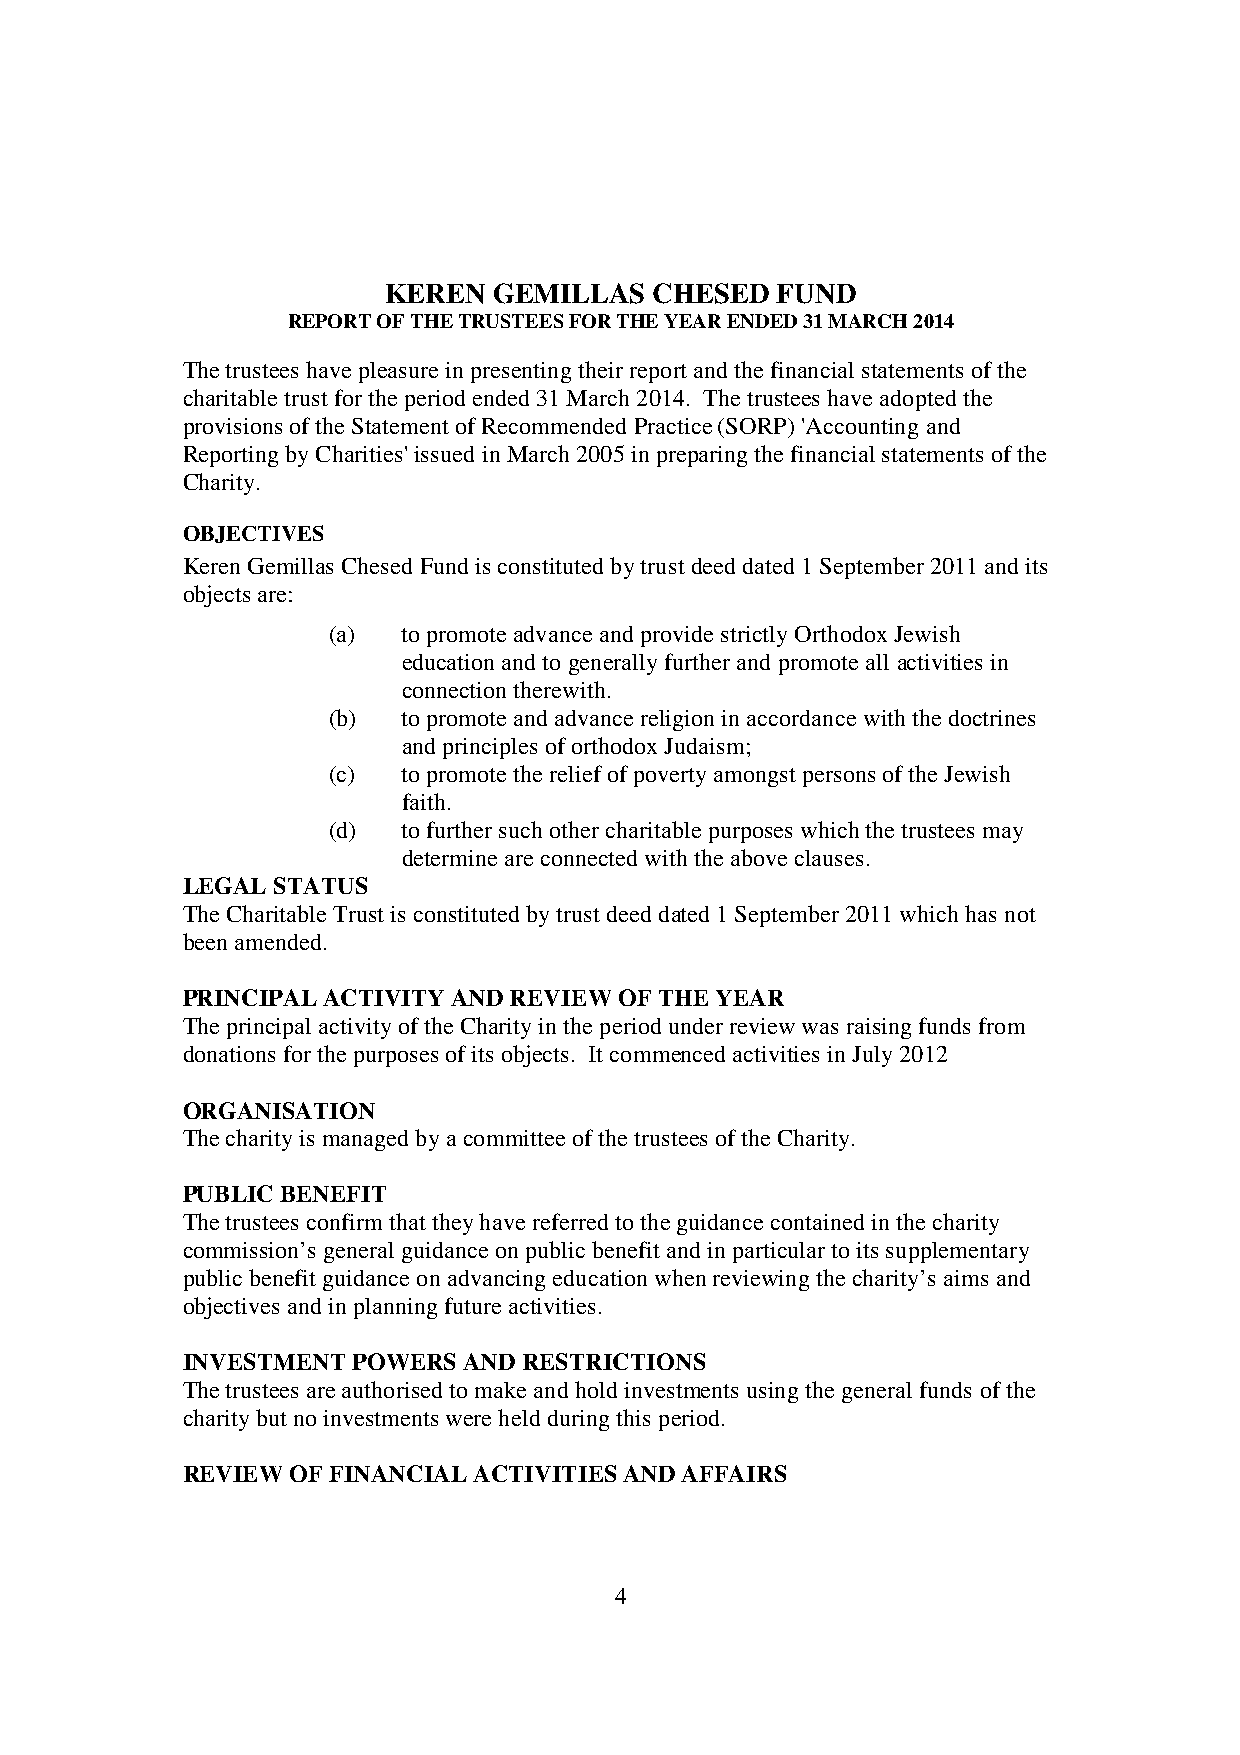
KEREN   GEMILLAS  CHESED  FUND
 REPORT OF THE TRUSTEES FOR THE YEAR ENDED 31 MARCH 2014
 The trustees have pleasure in presenting their report and the financial statements of the
 charitable trust for the period ended 31 March 2014. The trustees have adopted the
 provisions of the Statement of Recommended Practice (SORP) 'Accounting and
 Reporting by Charities' issued in March 2005 in preparing the financial statements of the
 Charity.
 OBJECTIVES
 Keren Gemillas Chesed Fund is constituted by trust deed dated 1 September 2011 and its
 objects are:
 (a)  to promote advance and provide strictly Orthodox Jewish
 education and to generally further and promote all activities in
 connection therewith.
 (b)  to promote and advance religion in accordance with the doctrines
 and principles of orthodox Judaism;
 (c)  to promote the relief of poverty amongst persons of the Jewish
 faith.
 (d)  to further such other charitable purposes which the trustees may
 determine are connected with the above clauses.
 LEGAL STATUS
 The Charitable Trust is constituted by trust deed dated 1 September 2011 which has not
 been amended.
 PRINCIPAL ACTIVITY AND REVIEW OF THE YEAR
 The principal activity of the Charity in the period under review was raising funds from
 donations for the purposes of its objects. It commenced activities in July 2012
 ORGANISATION
 The charity is managed by a committee of the trustees of the Charity.
 PUBLIC BENEFIT
 The trustees confirm that they have referred to the guidance contained in the charity
 commission’s general guidance on public benefit and in particular to its supplementary
 public benefit guidance on advancing education when reviewing the charity’s aims and
 objectives and in planning future activities.
 INVESTMENT POWERS  AND RESTRICTIONS
 The trustees are authorised to make and hold investments using the general funds of the
 charity but no investments were held during this period.
 REVIEW OF FINANCIAL ACTIVITIES AND AFFAIRS
 4